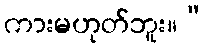
ကားမဟုတ်ဘူး။”